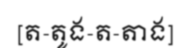
[ត-តូង-ត-តាង]